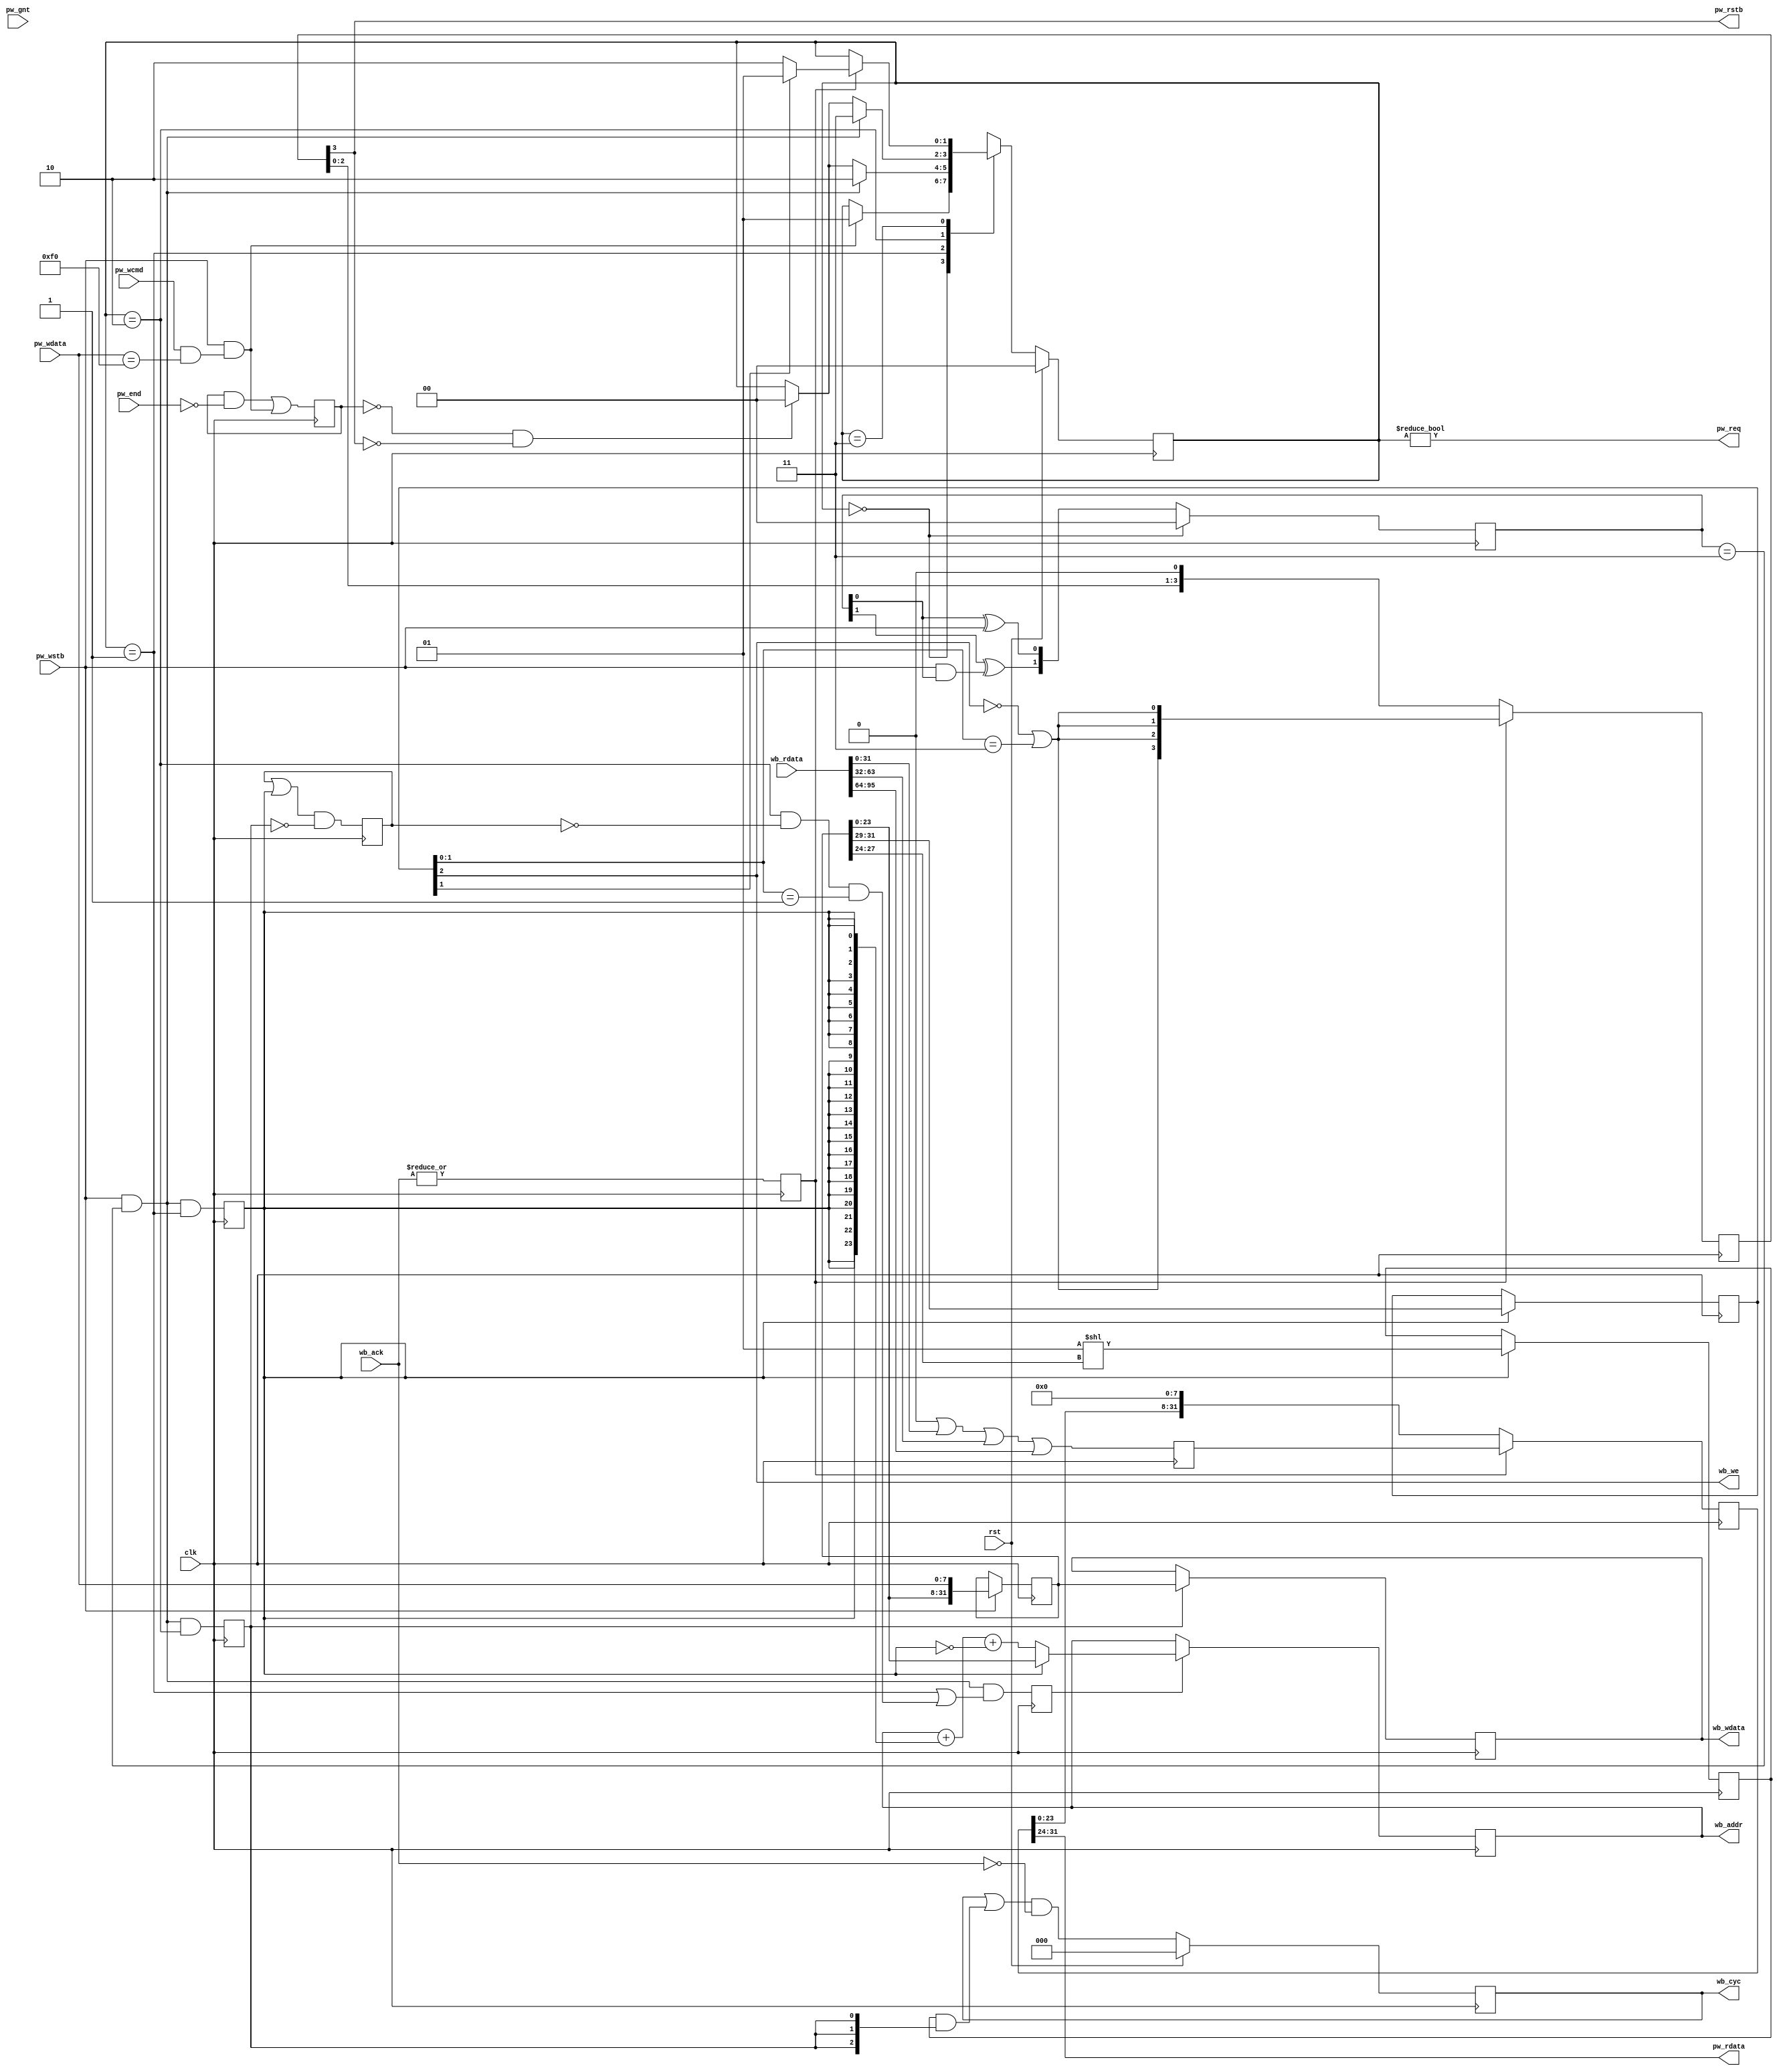
module spi_dev_to_wb #(
	parameter integer WB_N = 3,
	parameter [7:0] CMD_BYTE = 8'hf0,

	// auto
	parameter integer DL = (32*WB_N)-1,
	parameter integer CL = WB_N-1
)(
	// Protocol wrapper interface
	input  wire  [7:0] pw_wdata,
	input  wire        pw_wcmd,
	input  wire        pw_wstb,

	input  wire        pw_end,

	output wire        pw_req,
	input  wire        pw_gnt,

	output wire  [7:0] pw_rdata,
	output wire        pw_rstb,

	// Wishbone
	output reg  [31:0] wb_wdata,
	input  wire [DL:0] wb_rdata,
	output reg  [23:0] wb_addr,
	output wire        wb_we,
	output reg  [CL:0] wb_cyc,
	input  wire [CL:0] wb_ack,

	// Clock / Reset
	input  wire clk,
	input  wire rst
);

	// Signals
	// -------

	// FSM
	localparam [1:0]
		ST_IDLE = 0,
		ST_ADDR = 1,
		ST_DATA = 2,
		ST_WAIT = 3;

	reg   [1:0] state;
	reg   [1:0] state_nxt;

	// Control
	wire        ctrl_cmd_match;
	reg         ctrl_active;
	wire        ctrl_complete;
	reg   [2:0] ctrl_mode;
	reg         ctrl_data_ld;
	reg         ctrl_addr_ld;
	reg         ctrl_addr_inc;
	reg         ctrl_addr_ce;
	reg         ctrl_addr_first;

	// Write Shift
	reg  [31:0] ws_data;
	reg   [1:0] ws_cnt;
	wire        ws_cnt_last;

	// Wishbone control
	reg  [31:0] wb_rdata_i;
	reg  [31:0] wb_rdata_r;

	reg  [CL:0] wb_cyc_pre;
	wire        wb_ack_i;
	reg         wb_ack_r;


	// Control
	// -------

	// State register
	always @(posedge clk)
		if (rst)
			state <= ST_IDLE;
		else
			state <= state_nxt;

	// Next-state logic
	always @(*)
	begin
		// Default is to stay put
		state_nxt = state;

		// Transitions
		case (state)
			ST_IDLE:
				if (pw_wstb & ctrl_cmd_match)
					state_nxt = ST_ADDR;

			ST_ADDR:
				if (pw_wstb & ws_cnt_last)
					state_nxt = ST_DATA;
				else if (ctrl_complete)
					state_nxt = ST_IDLE;

			ST_DATA:
				if (pw_wstb & ws_cnt_last)
					state_nxt = ST_WAIT;
				else if (ctrl_complete)
					state_nxt = ST_IDLE;

			ST_WAIT:
				if (wb_ack_r)
					state_nxt = ctrl_mode[1] ? ST_ADDR : ST_DATA;

		endcase
	end

	// Misc control signals
	assign ctrl_cmd_match = pw_wcmd & (pw_wdata == CMD_BYTE);

	always @(posedge clk)
		ctrl_active <= (ctrl_active & ~pw_end) | (pw_wstb & ctrl_cmd_match);

	assign ctrl_complete = ~ctrl_active & ~rs_valid[3];

	always @(posedge clk)
	begin
		ctrl_data_ld <= pw_wstb & ws_cnt_last & (state == ST_DATA);
		ctrl_addr_ld <= pw_wstb & ws_cnt_last & (state == ST_ADDR);
		ctrl_addr_ce <= pw_wstb & ws_cnt_last & (
				(state == ST_ADDR) |
				((state == ST_DATA) & ~ctrl_addr_first & (ctrl_mode[1:0] == 2'b01))
			);
		ctrl_addr_first <= (ctrl_addr_first | ctrl_addr_ld) & ~ctrl_data_ld;
	end

	// Latch mode
	always @(posedge clk)
		if (ctrl_addr_ld)
			ctrl_mode <= ws_data[31:29];

	// Request
	assign pw_req = (state != ST_IDLE);


	// Shift registers
	// ---------------

	// Write shift reg
	always @(posedge clk)
		if (pw_wstb)
			ws_data <= { ws_data[23:0], pw_wdata };

	always @(posedge clk)
		if (state == ST_IDLE)
			ws_cnt <= 2'b00;
		else
			ws_cnt <= {
				ws_cnt[1] ^ (pw_wstb & ws_cnt[0]),
				ws_cnt[0] ^  pw_wstb
			};

	assign ws_cnt_last = (ws_cnt == 2'b11);

	// Read shift reg
	reg [31:0] rs_data;
	reg  [3:0] rs_valid;

	always @(posedge clk)
		if (wb_ack_r) begin
			rs_data  <= wb_rdata_r;
			rs_valid <= {4{~ctrl_mode[2] | (ctrl_mode[1:0] == 2'b11)}};
		end else begin
			rs_data  <= { rs_data[23:0], 8'h00 };
			rs_valid <= { rs_valid[2:0],  1'b0 };
		end

	assign pw_rdata = rs_data[31:24];
	assign pw_rstb  = rs_valid[3];


	// Wishbone
	// --------

	// Write data
	always @(posedge clk)
		if (ctrl_data_ld)
			wb_wdata <= ws_data;

	// Read data
	always @(*)
	begin : rdata
		integer i;

		wb_rdata_i = 32'h00000000;

		for (i=0; i<WB_N; i=i+1)
			wb_rdata_i = wb_rdata_i | wb_rdata[32*i+:32];
	end

	always @(posedge clk)
		wb_rdata_r <= wb_rdata_i;

	// Address
	always @(posedge clk)
		if (ctrl_addr_ce)
			// Written to gain 21 LCs on iCE40 'cause synth ain't that smart
			wb_addr <= ctrl_addr_ld ? ws_data : (wb_addr + {32{ctrl_addr_ld}} + (!ctrl_addr_ld));
			//wb_addr <= ctrl_addr_ld ? ws_data : (wb_addr + 1);

	// Write Enable
	assign wb_we = ctrl_mode[2];

	// Pre-decode
	always @(posedge clk)
		if (ctrl_addr_ld) begin
			wb_cyc_pre <= 1 << ws_data[27:24];
		end

	// Cycle
	always @(posedge clk)
		if (rst)
			wb_cyc <= 0;
		else
			wb_cyc <= (wb_cyc | (wb_cyc_pre & {WB_N{ctrl_data_ld}})) & ~wb_ack;

	// Ack register
	assign wb_ack_i = |wb_ack;

	always @(posedge clk)
		wb_ack_r <= wb_ack_i;

endmodule